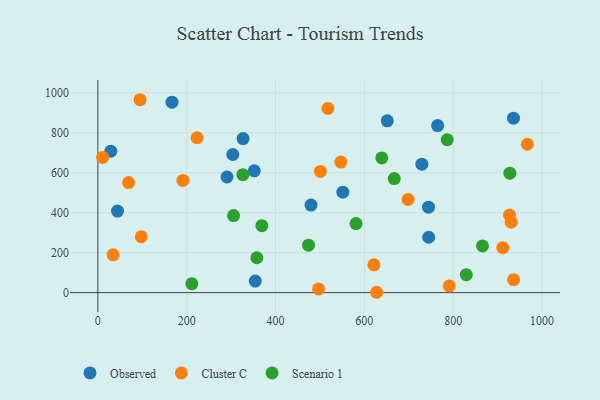
{"axis": {"x": "Price", "y": "Fuel Efficiency"}, "legend": ["Cluster C", "Observed", "Scenario 1"], "data": [{"x": "479.9", "y": 438.5, "type": "Observed"}, {"x": "44.2", "y": 408.3, "type": "Observed"}, {"x": "935.7", "y": 873.5, "type": "Observed"}, {"x": "744.4", "y": 428.0, "type": "Observed"}, {"x": "326.9", "y": 771.5, "type": "Observed"}, {"x": "729.5", "y": 643.4, "type": "Observed"}, {"x": "551.5", "y": 503.2, "type": "Observed"}, {"x": "29.1", "y": 708.2, "type": "Observed"}, {"x": "764.9", "y": 836.4, "type": "Observed"}, {"x": "744.8", "y": 277.4, "type": "Observed"}, {"x": "651.6", "y": 860.3, "type": "Observed"}, {"x": "352.1", "y": 610.1, "type": "Observed"}, {"x": "166.9", "y": 953.8, "type": "Observed"}, {"x": "303.8", "y": 691.6, "type": "Observed"}, {"x": "290.8", "y": 579.0, "type": "Observed"}, {"x": "354.3", "y": 57.8, "type": "Observed"}, {"x": "698.6", "y": 466.9, "type": "Cluster C"}, {"x": "496.9", "y": 18.5, "type": "Cluster C"}, {"x": "10.7", "y": 677.3, "type": "Cluster C"}, {"x": "911.7", "y": 225.2, "type": "Cluster C"}, {"x": "967.0", "y": 743.0, "type": "Cluster C"}, {"x": "95.0", "y": 966.0, "type": "Cluster C"}, {"x": "191.5", "y": 561.8, "type": "Cluster C"}, {"x": "517.9", "y": 922.4, "type": "Cluster C"}, {"x": "926.8", "y": 388.6, "type": "Cluster C"}, {"x": "34.3", "y": 189.2, "type": "Cluster C"}, {"x": "930.6", "y": 352.6, "type": "Cluster C"}, {"x": "97.7", "y": 279.8, "type": "Cluster C"}, {"x": "936.2", "y": 65.0, "type": "Cluster C"}, {"x": "627.6", "y": 1.8, "type": "Cluster C"}, {"x": "69.2", "y": 550.9, "type": "Cluster C"}, {"x": "501.1", "y": 607.0, "type": "Cluster C"}, {"x": "621.5", "y": 139.4, "type": "Cluster C"}, {"x": "547.0", "y": 653.6, "type": "Cluster C"}, {"x": "223.3", "y": 775.5, "type": "Cluster C"}, {"x": "791.0", "y": 33.4, "type": "Cluster C"}, {"x": "474.3", "y": 237.5, "type": "Scenario 1"}, {"x": "865.9", "y": 233.9, "type": "Scenario 1"}, {"x": "927.6", "y": 598.0, "type": "Scenario 1"}, {"x": "305.5", "y": 386.1, "type": "Scenario 1"}, {"x": "786.5", "y": 765.9, "type": "Scenario 1"}, {"x": "667.3", "y": 571.4, "type": "Scenario 1"}, {"x": "581.3", "y": 345.7, "type": "Scenario 1"}, {"x": "829.5", "y": 89.9, "type": "Scenario 1"}, {"x": "357.9", "y": 174.7, "type": "Scenario 1"}, {"x": "369.2", "y": 335.2, "type": "Scenario 1"}, {"x": "639.3", "y": 674.6, "type": "Scenario 1"}, {"x": "211.5", "y": 45.0, "type": "Scenario 1"}, {"x": "326.4", "y": 590.5, "type": "Scenario 1"}]}